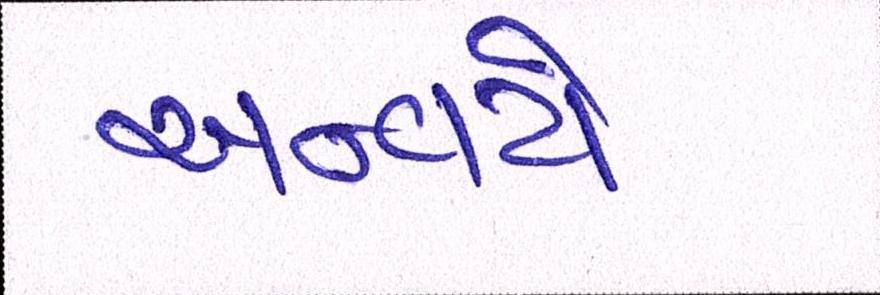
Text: અન્વયે